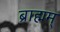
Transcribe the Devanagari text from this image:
ब्राह्मम्